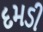
દમડી